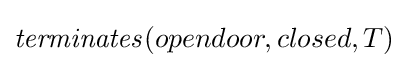
{\mathit {terminates}}(opendoor,closed,T)